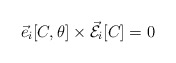
\begin{align*}\vec{e}_{i}[C,\theta] \times \vec{\cal E}_{i}[C]=0\end{align*}